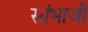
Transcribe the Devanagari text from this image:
सांभाजी